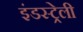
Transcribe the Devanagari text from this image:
इंडस्ट्रेली